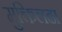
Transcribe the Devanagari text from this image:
मुक्तिलढा